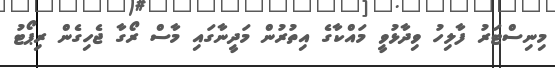
މިނިސްޓަރު ފާލިހު ވިދާޅުވީ މައްކާގެ އިތުރުން މަދީނާގައި މާސް ރޯގާ ޖެހިގެން ރިޕޯޓު